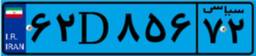
۶۱D۳۴۰۱۴